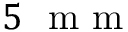
5 ~ \mathrm { ~ m ~ m ~ }